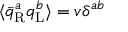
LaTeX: \textstyle \langle { \bar { q } } _ { \mathrm { { R } } } ^ { a } q _ { \mathrm { { L } } } ^ { b } \rangle = v \delta ^ { a b }